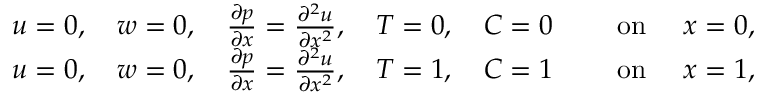
\begin{array} { r l } { u = 0 , \quad w = 0 , \quad \frac { \partial p } { \partial x } = \frac { \partial ^ { 2 } u } { \partial x ^ { 2 } } , \quad T = 0 , \quad C = 0 } & { \quad \mathrm { ~ o n ~ } \quad x = 0 , } \\ { u = 0 , \quad w = 0 , \quad \frac { \partial p } { \partial x } = \frac { \partial ^ { 2 } u } { \partial x ^ { 2 } } , \quad T = 1 , \quad C = 1 } & { \quad \mathrm { ~ o n ~ } \quad x = 1 , } \end{array}